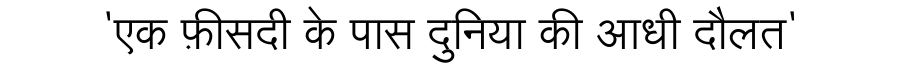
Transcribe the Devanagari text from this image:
'एक फ़ीसदी के पास दुनिया की आधी दौलत'